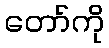
တော်ကို